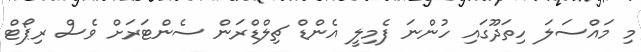
މި މައްސަލަ ހިތަދޫގައި ހުންނަ ފެމިލީ އެންޑް ޗިލްޑްރަން ސެންޓަރަށް ވެސް ރިޕޯޓް